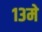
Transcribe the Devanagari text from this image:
१३मे